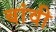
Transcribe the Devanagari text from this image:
बांवी